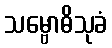
သမ္ဗောဓိသုခံ